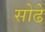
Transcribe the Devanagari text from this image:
सोढे